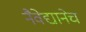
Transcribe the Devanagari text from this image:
नैवेद्यानेच